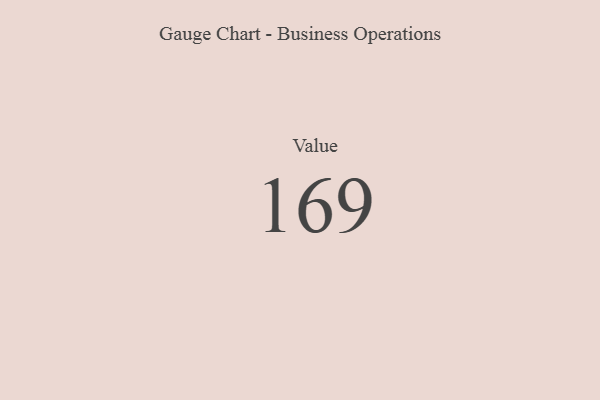
{"axis": {"x": "Metric", "y": "Value"}, "legend": [""], "data": [{"x": "Value", "y": 169, "type": ""}]}